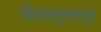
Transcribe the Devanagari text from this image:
सीतापूरपासून